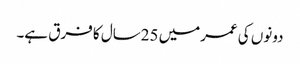
دونوں کی عمرمیں 25سال کا فرق ہے۔